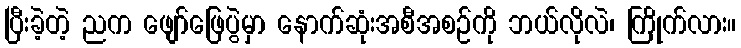
ပြီးခဲ့တဲ့ ညက ဖျော်ဖြေပွဲမှာ နောက်ဆုံးအစီအစဉ်ကို ဘယ်လိုလဲ၊ ကြိုက်လား။